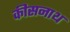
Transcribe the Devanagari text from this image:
कीसनाथ